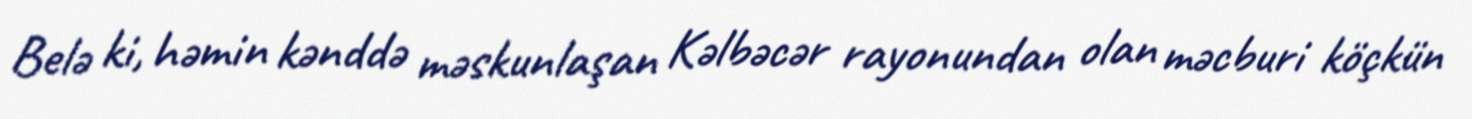
Belə ki, həmin kənddə məskunlaşan Kəlbəcər rayonundan olan məcburi köçkün